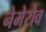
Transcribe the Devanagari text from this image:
नेमेरोव